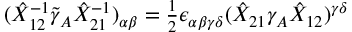
( \hat { { \cal X } } _ { 1 2 } ^ { - 1 } \tilde { \gamma } _ { A } \hat { { \cal X } } _ { 2 1 } ^ { - 1 } ) _ { \alpha \beta } = \textstyle { \frac { 1 } { 2 } } \epsilon _ { \alpha \beta \gamma \delta } ( \hat { { \cal X } } _ { 2 1 } \gamma _ { A } \hat { { \cal X } } _ { 1 2 } ) ^ { \gamma \delta }